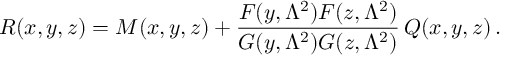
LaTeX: R ( x , y , z ) = M ( x , y , z ) + \frac { F ( y , \Lambda ^ { 2 } ) F ( z , \Lambda ^ { 2 } ) } { G ( y , \Lambda ^ { 2 } ) G ( z , \Lambda ^ { 2 } ) } \, Q ( x , y , z ) \, .